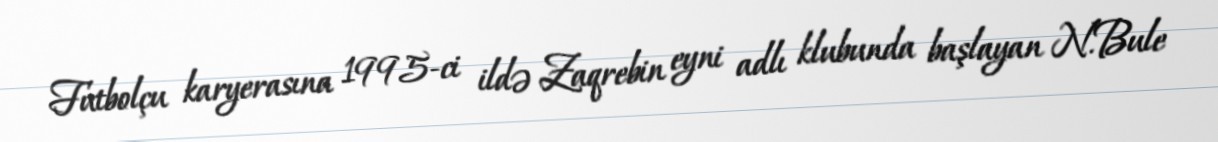
Futbolçu karyerasına 1995-ci ildə Zaqrebin eyni adlı klubunda başlayan N.Bule